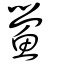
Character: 鱟